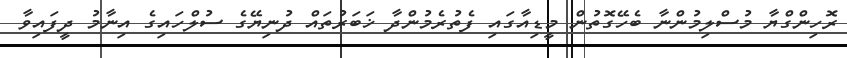
ރޮހިންގްޔާ މުސްލިމުންނާ ބެހޭގޮތުން މީޑިއާގައި ފެތުރެމުންދާ ޚަބަރުތައް ދުނިޔޭގެ ސުލްހައިގެ އިނާމު ދީފައިވާ